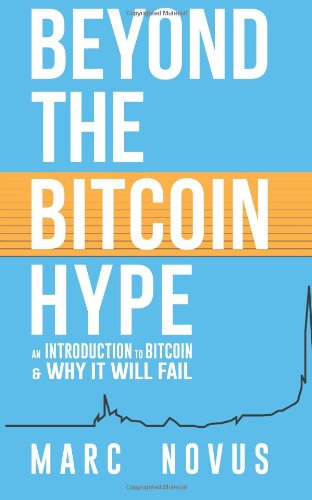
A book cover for Beyond the Bitcoin Hype: An Introduction to Bitcoin and Why It Will Fail; Marc Novus; Computers & Technology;